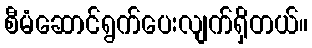
စီမံဆောင်ရွက်ပေးလျက်ရှိတယ်။